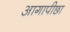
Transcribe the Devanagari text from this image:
आगापीछा